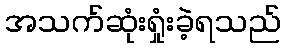
အသက်ဆုံးရှုံးခဲ့ရသည်